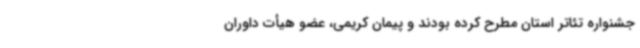
جشنواره تئاتر استان مطرح کرده بودند و پیمان کریمی، عضو هیأت داوران